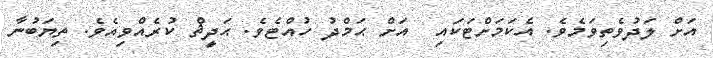
އަށް ލަދުވެތިވަމެވެ. އެކަމަށްޓަކައި  އަށް ޙަމްދު ހުއްޓެވެ. ޙަދީޘް ކުރެއްވިއެވެ. ތިޔަބުނާ